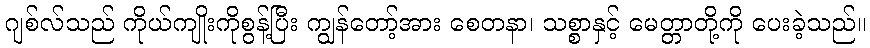
ဂျစ်လ်သည် ကိုယ်ကျိုးကိုစွန့်ပြီး ကျွန်တော့်အား စေတနာ၊ သစ္စာနှင့် မေတ္တာတို့ကို ပေးခဲ့သည်။